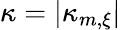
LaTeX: \kappa=|\kappa_{m,\xi}|